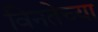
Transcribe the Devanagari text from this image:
विनतेच्या